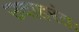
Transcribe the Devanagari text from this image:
उदाहरंतः